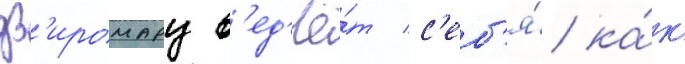
дз'иромару в'ед'ё́т с'еб'я́ ка́к